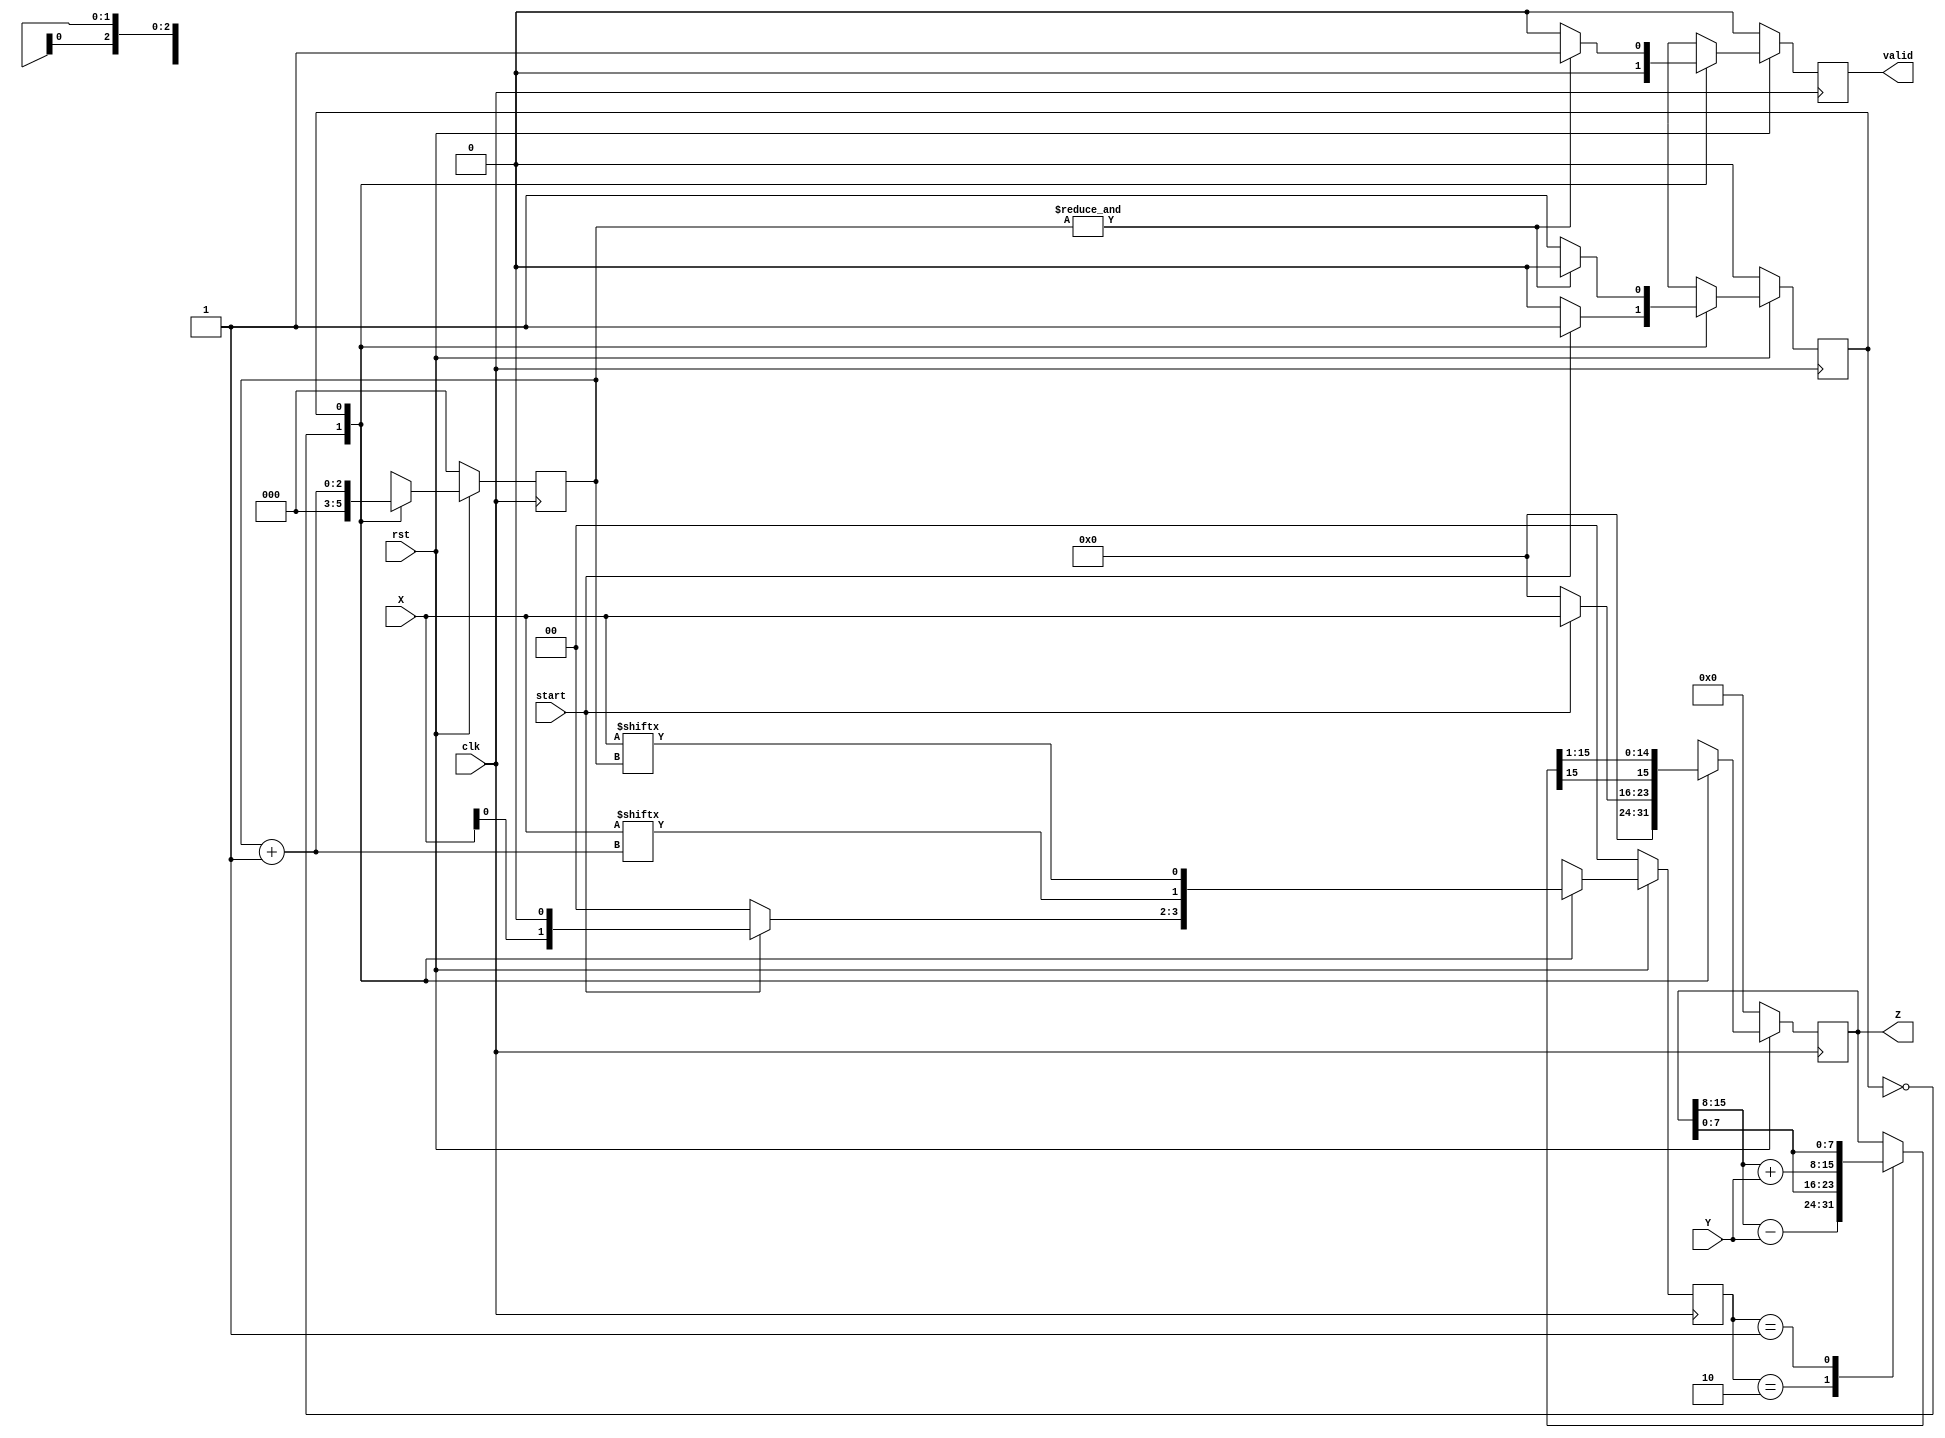
module sign_mul(
    input clk,
    input rst,
    input start,
    input signed [7:0] X,
    input signed [7:0] Y,
    output signed [15:0] Z,
    output valid
);

reg signed [15:0] prod, next_prod, temp_prod;
reg prs_state, nxt_state;
reg [1:0] op, nxt_op;
reg [2:0] count, nxt_count;
reg vld,nxt_vld;

parameter IDLE = 1'b0;
parameter START = 1'b1;

always @(posedge clk) begin
    if (!rst) begin
        prod <= 16'd0;
        prs_state <= 1'b0;
        op <= 2'b00;
        count <= 3'b000;
        vld <= 1'b0;
    end
    else begin
        prod <= next_prod;
        prs_state <= nxt_state;
        op <= nxt_op;
        count <= nxt_count;
        vld <= nxt_vld;
    end
end

always @(*) begin
    case (prs_state)
        IDLE: begin
            nxt_count = 3'b000;
            nxt_vld = 1'b0;
            if (start) begin
                nxt_state = START;
                nxt_op = {X[0], 1'b0};
                next_prod = {8'd0, X};
            end
            else begin
                nxt_state = IDLE;
                nxt_op = 2'b00;
                next_prod = 16'd0;
            end
        end
        START: begin
            case (op)
                2'b10: temp_prod = {prod[15:8] - Y, prod[7:0]}; 
                2'b01: temp_prod = {prod[15:8] + Y, prod[7:0]};
                default: temp_prod = {prod[15:8],prod[7:0]};
            endcase
            nxt_op = {X[count+1'b1], X[count]};
            nxt_count = count + 1'b1;
            next_prod = temp_prod >>> 1;
            nxt_state = (&count) ? IDLE : prs_state;
            nxt_vld = (&count) ? 1'b1 : 1'b0;
        end
    endcase
end

assign Z = prod;
assign valid = vld;

endmodule